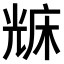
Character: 𠒥